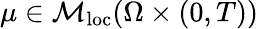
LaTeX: \mu\in\mathcal{M}_{\mathrm{loc}}(\Omega\times(0,T))